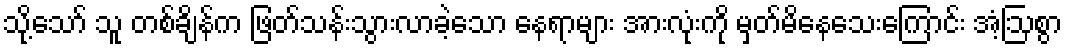
သို့သော် သူ တစ်ချိန်က ဖြတ်သန်းသွားလာခဲ့သော နေရာများ အားလုံးကို မှတ်မိနေသေးကြောင်း အံ့ဩစွာ